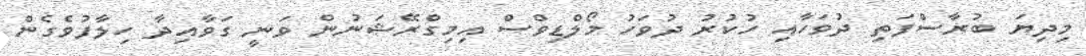
މިދިޔަ ބުރާސްފަތި ދުވަހާއި ހުކުރު ދުވަހު މޯލްޑިވްސް އިމިގްރޭޝަނުން ވަނީ ގަވާއިދާ ހިލާފުވެގެން